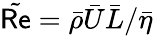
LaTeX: \tilde{\mathsf{Re}}=\bar{\rho}\bar{U}\bar{L}/\bar{\eta}